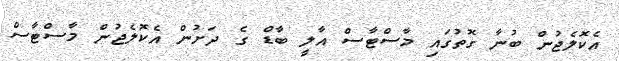
އެކޮލެޖުން ބުނާ ގޮތުގައި މާސްޓާސް އާލީ ބާޑް ގެ ދަށުން އެކޮލެޖުން މާސްޓާސް